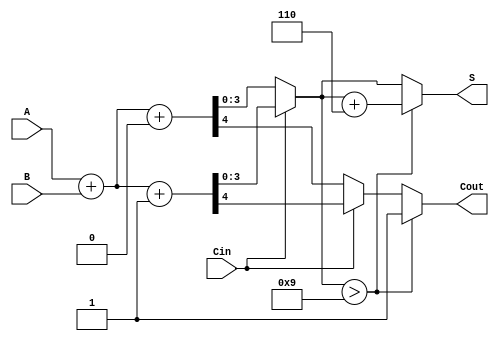
module BCD_MCSA (
    input [3:0] A,      // BCD Input A
    input [3:0] B,      // BCD Input B
    input Cin,          // Carry in
    output reg [3:0] S, // BCD Sum output
    output reg Cout     // Carry out
);

    // Intermediate signals for sums and carries
    wire [4:0] Sum0;    // Sum when Cin = 0
    wire [4:0] Sum1;    // Sum when Cin = 1
    wire Carry0;        // Carry out when Cin = 0
    wire Carry1;        // Carry out when Cin = 1

    // Perform addition assuming Cin = 0
    assign Sum0 = {1'b0, A} + {1'b0, B} + 1'b0;  // Adding with Cin = 0
    assign Carry0 = Sum0[4]; // Carry out for Cin = 0

    // Perform addition assuming Cin = 1
    assign Sum1 = {1'b0, A} + {1'b0, B} + 1'b1;  // Adding with Cin = 1
    assign Carry1 = Sum1[4]; // Carry out for Cin = 1

    // Select sum and carry based on Cin
    always @(*) begin
        if (Cin) begin
            S = Sum1[3:0];
            Cout = Carry1;
        end else begin
            S = Sum0[3:0];
            Cout = Carry0;
        end

        // BCD correction if necessary
        if (S > 4'b1001) begin
            S = S + 4'b0110; // Add 6 for BCD correction
            Cout = (Cin ? Carry1 : Carry0) | 1'b1; // Set Cout to 1 if correction occurs
        end else begin
            Cout = (Cin ? Carry1 : Carry0); // Keep original carry
        end
    end

endmodule